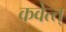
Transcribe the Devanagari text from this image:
कवेत्त्